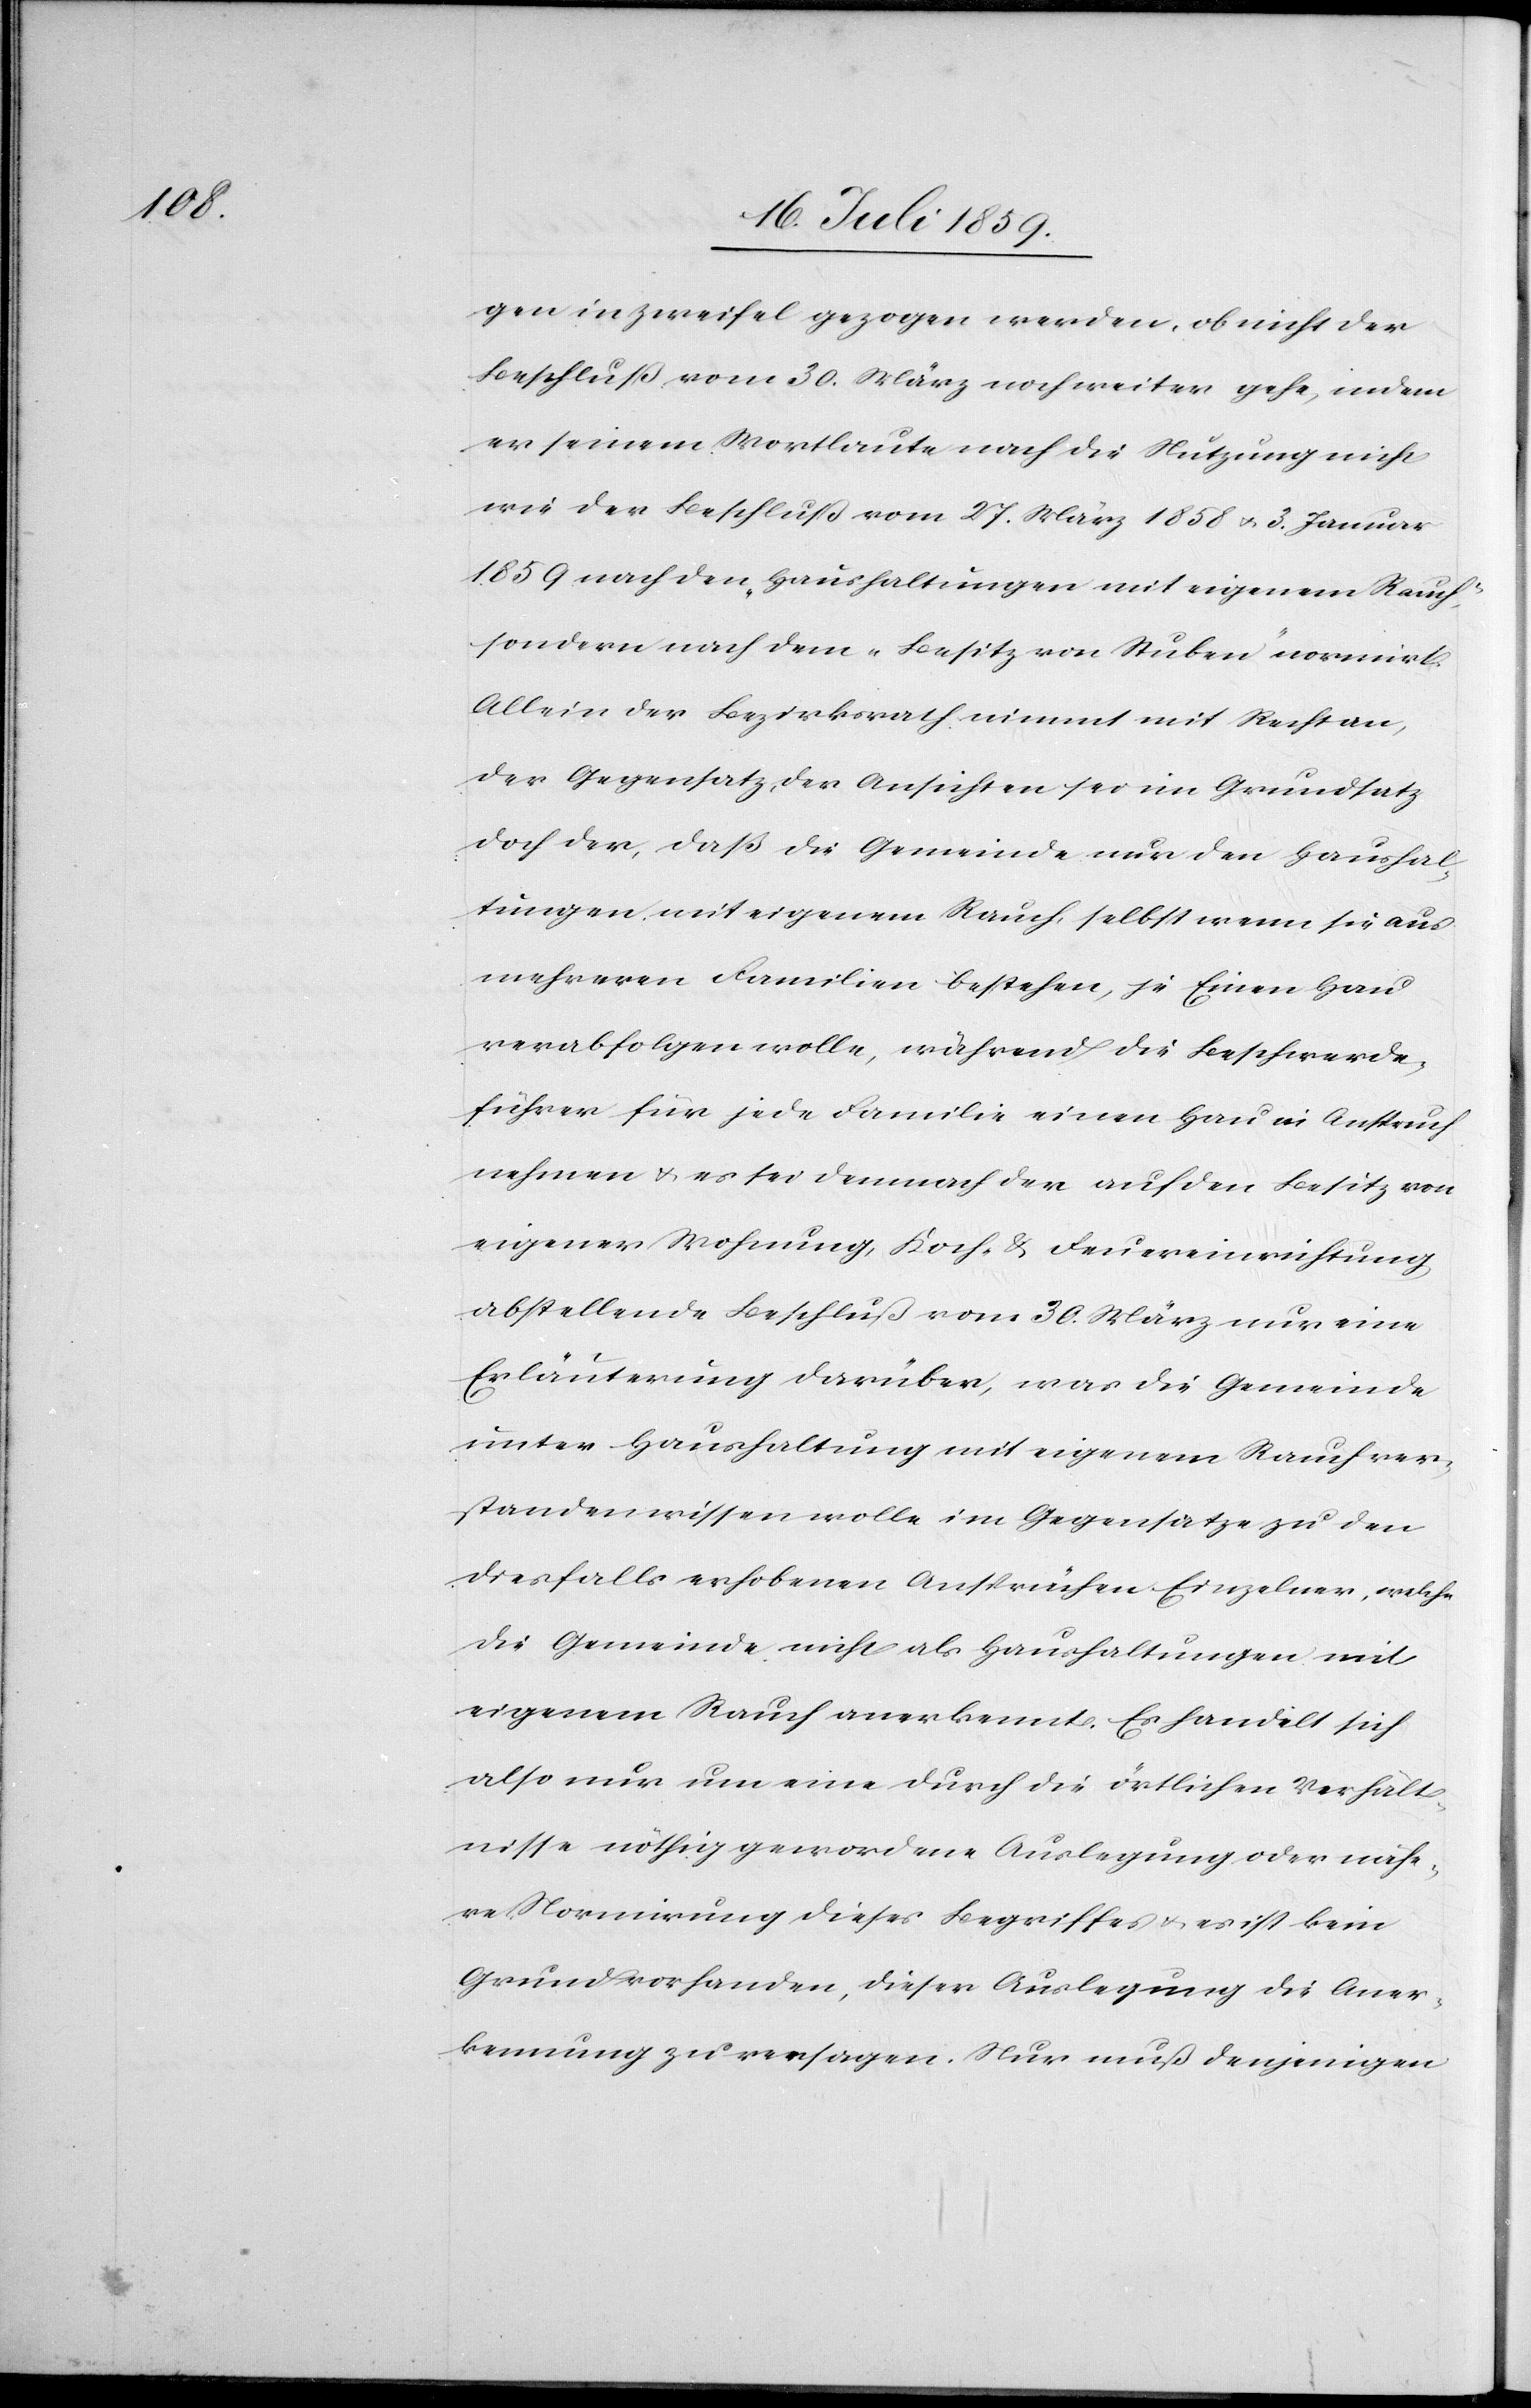
gen in Zweifel gezogen werden, ob nicht der
Beschluß vom 30. März noch weiter gehe, indem
er seinen Wortlaute nach die Nutzung nicht
wie der Beschluß vom 27. März 1858 u. 3. Januar
1859 nach den „Haushaltungen mit eigenem Rauch“,
sondern nach dem „Besitz von Stuben“ normirt.
Allein der Bezirksrath nimmt mit Recht an,
der Gegensatz, der Ansichten sei im Grundsatz
doch der, daß die Gemeinde nur den Haushal¬
tungen mit eigenem Rauch, selbst wenn sie aus
mehreren Familien bestehen, je Einen Hau
verabfolgen wolle, während die Beschwerde¬
führer für jede Familie einen Hau in Anspruch
nehmen u. es sei demnach der auf den Besitz von
eigener Wohnung, Koch- u. Feuereinrichtung
abstellende Beschluß vom 30. März nur eine
Erläuterung darüber, was die Gemeinde
unter Haushaltung mit eigenem Rauch ver¬
standen wissen wolle im Gegensatz zu den
diesfalls erhobenen Ansprüchen Einzelner, welche
die Gemeinde nicht als Haushaltungen mit
eigenem Rauch anerkennt. Es handelt sich
also nur um eine durch die örtlichen Verhält¬
nisse nöthig gewordene Auslegung oder nähe¬
re Normirung dieses Begriffes u. es ist kein
Grund vorhanden, dieser Auslegung die Aner¬
kennung zu versagen. Nur muß denjenigen